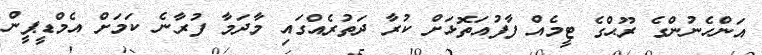
އަންހެނުންގެ ރޫޙްގެ ޓީމެއް ފާފުއަތޮޅަށް ކުރާ ދަތުރެއްގައި މާދަމާ ފުރާނެ ކަމަށް އެމްޑީޕީން